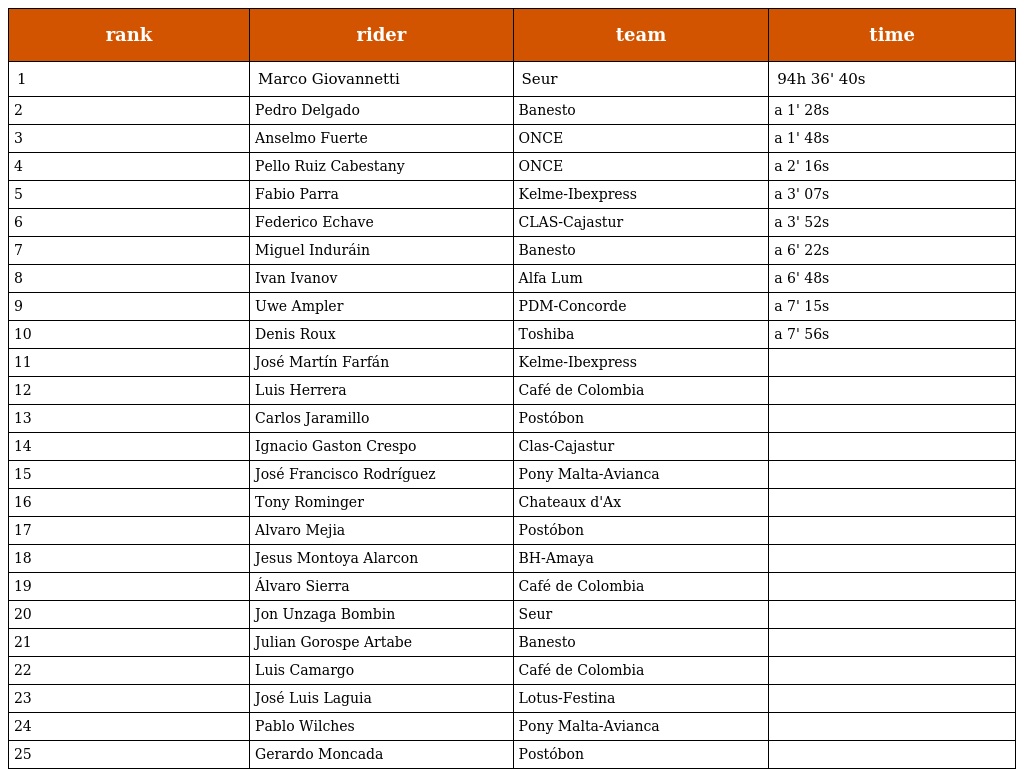
| rank | rider | team | time |
 | --- | --- | --- | --- |
 | 1 | Marco Giovannetti | Seur | 94h 36' 40s |
 | 2 | Pedro Delgado | Banesto | a 1' 28s |
 | 3 | Anselmo Fuerte | ONCE | a 1' 48s |
 | 4 | Pello Ruiz Cabestany | ONCE | a 2' 16s |
 | 5 | Fabio Parra | Kelme-Ibexpress | a 3' 07s |
 | 6 | Federico Echave | CLAS-Cajastur | a 3' 52s |
 | 7 | Miguel Induráin | Banesto | a 6' 22s |
 | 8 | Ivan Ivanov | Alfa Lum | a 6' 48s |
 | 9 | Uwe Ampler | PDM-Concorde | a 7' 15s |
 | 10 | Denis Roux | Toshiba | a 7' 56s |
 | 11 | José Martín Farfán | Kelme-Ibexpress |  |
 | 12 | Luis Herrera | Café de Colombia |  |
 | 13 | Carlos Jaramillo | Postóbon |  |
 | 14 | Ignacio Gaston Crespo | Clas-Cajastur |  |
 | 15 | José Francisco Rodríguez | Pony Malta-Avianca |  |
 | 16 | Tony Rominger | Chateaux d'Ax |  |
 | 17 | Alvaro Mejia | Postóbon |  |
 | 18 | Jesus Montoya Alarcon | BH-Amaya |  |
 | 19 | Álvaro Sierra | Café de Colombia |  |
 | 20 | Jon Unzaga Bombin | Seur |  |
 | 21 | Julian Gorospe Artabe | Banesto |  |
 | 22 | Luis Camargo | Café de Colombia |  |
 | 23 | José Luis Laguia | Lotus-Festina |  |
 | 24 | Pablo Wilches | Pony Malta-Avianca |  |
 | 25 | Gerardo Moncada | Postóbon |  |